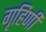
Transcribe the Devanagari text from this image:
गृहिणीं